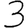
Digit: 3